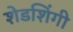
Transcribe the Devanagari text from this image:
शेडशिंगी